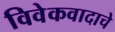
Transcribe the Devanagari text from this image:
विवेकवादाचे